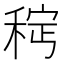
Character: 𫀵